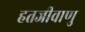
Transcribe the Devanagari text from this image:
हतजीवाणु